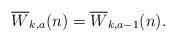
LaTeX: \begin{align*}\overline{W}_{k,a}(n)=\overline{W}_{k,a-1}(n).\end{align*}